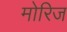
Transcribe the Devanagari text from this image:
मोरिज